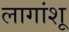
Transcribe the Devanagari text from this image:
लागांशू